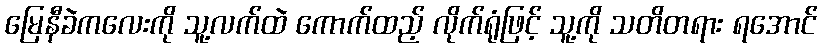
မြေနီခဲကလေးကို သူ့လက်ထဲ ကောက်ထည့် လိုက်ရုံဖြင့် သူ့ကို သတိတရား ရအောင်